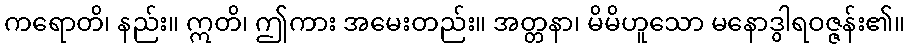
ကရောတိ၊ နည်း။ ဣတိ၊ ဤကား အမေးတည်း။ အတ္တနာ၊ မိမိဟူသော မနောဒွါရဝဇ္ဇန်း၏။